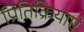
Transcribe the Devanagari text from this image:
प्रितिक्रियाएं